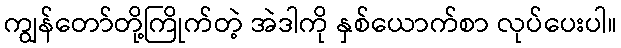
ကျွန်တော်တို့ကြိုက်တဲ့ အဲဒါကို နှစ်ယောက်စာ လုပ်ပေးပါ။